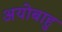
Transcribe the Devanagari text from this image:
अयोबाहु